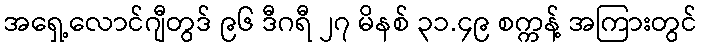
အရှေ့လောင်ဂျီတွဒ် ၉၆ ဒီဂရီ ၂၇ မိနစ် ၃၁.၄၉ စက္ကန့် အကြားတွင်